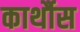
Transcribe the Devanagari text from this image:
कार्थौस